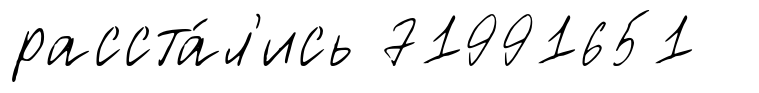
расста́л'ись 71991651